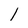
Character: l